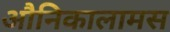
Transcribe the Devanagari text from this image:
औनिकालामस